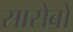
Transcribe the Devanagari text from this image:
सासेबो